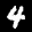
Label: 4